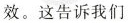
效。这告诉我们